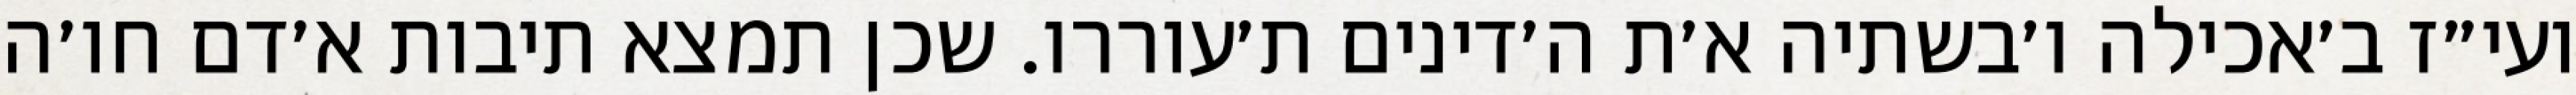
ועי״ז ב׳אכילה ו׳בשתיה א׳ת ה׳דינים ת׳עוררו. שכן תמצא תיבות א׳דם חו׳ה